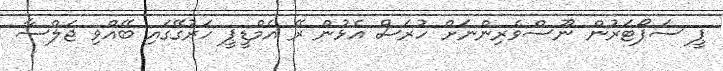
ޕީ ސަޕޯޓަރުން ނޫސްވެރިންނަށް ހުރަސް އެޅުން ރޭ އެމްޑީޕީ ހަރުގޭގައި ބޭއްވި ޖަލްސާ